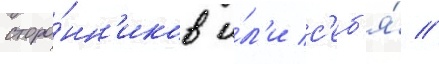
сторо́нн'иков и́л'и с'еб'я́ //